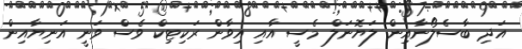
އަދި ބާސެލޯނާއިން ލަޔޮނަލް މެސީ އާއި އިވާން ރަކިޓިކް ވެސް ވަނީ އަނިޔާއިން